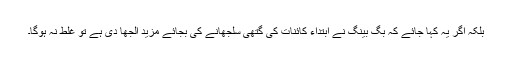
بلکہ اگر یہ کہا جائے کہ بگ بینگ نے ابتداء کائنات کی گتھی سلجھانے کی بجائے مزید الجھا دی ہے تو غلط نہ ہوگا۔